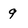
Character: 9